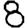
Digit: 8